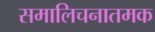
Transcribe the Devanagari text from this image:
समालिचनातमक